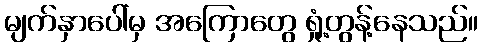
မျက်နှာပေါ်မှ အကြောတွေ ရှုံ့တွန့်နေသည်။